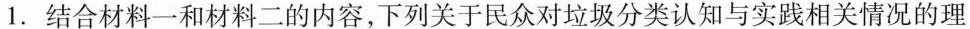
1.结合材料一和材料二的内容，下列关于民众对垃圾分类认知与实践相关情况的理